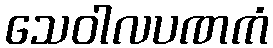
သေဝါလပဏကံ